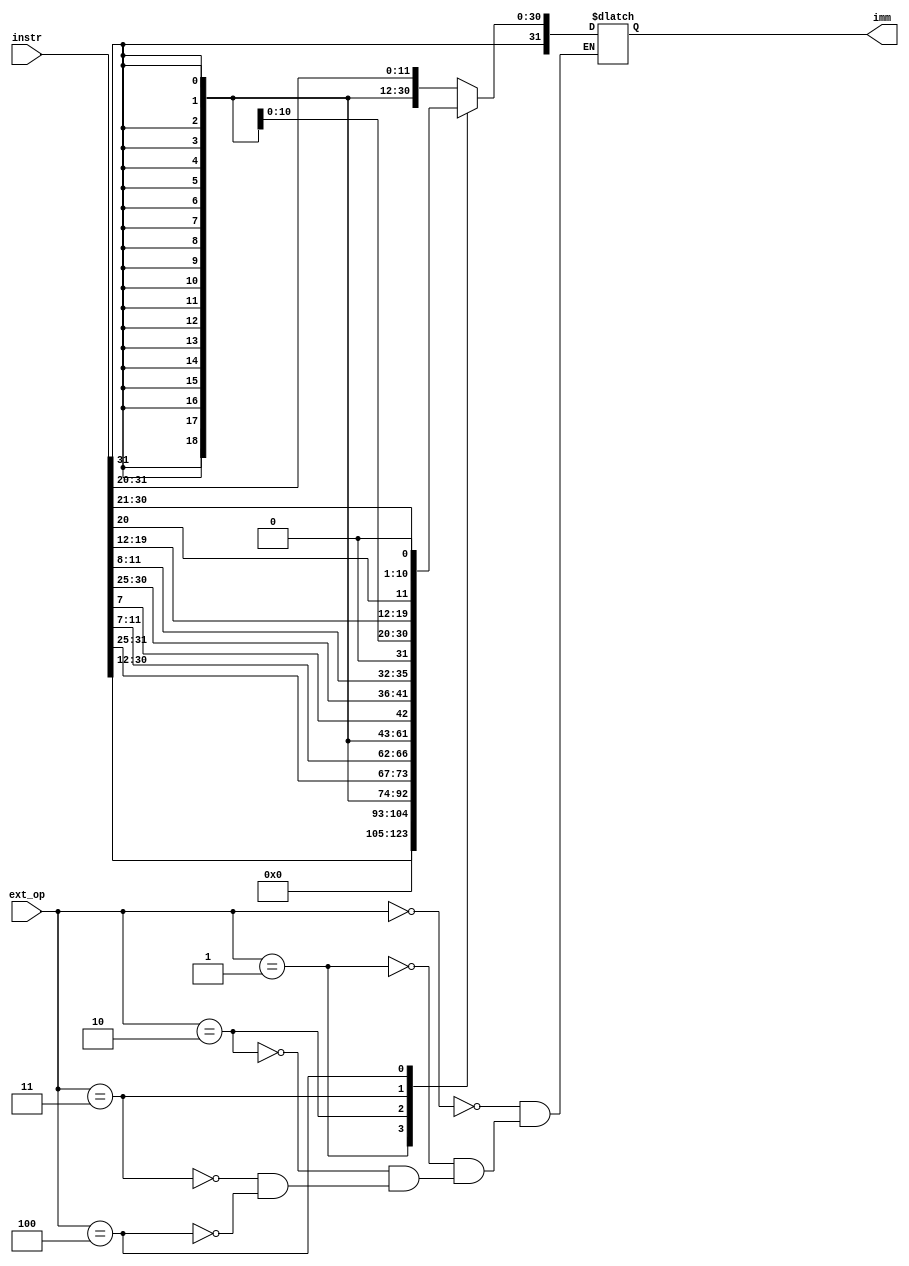
module ie(
    input [31:0]             instr,
    input [2:0]              ext_op,
    output reg [31:0]        imm
    ); 

always @ (*) begin

    case(ext_op)
        3'b000: begin // ori lw immI
            imm <= {{20{instr[31]}} , instr[31:20]};
        end
        3'b001: begin // lui immU 
            imm <= {instr[31:12], 12'b0};
        end
        3'b010: begin // sw immS
            imm <= {{20{instr[31]}}, instr[31:25], instr[11:7]};
        end
        3'b011: begin // beq immB
            imm <= {{20{instr[31]}}, instr[7], instr[30:25], instr[11:8], 1'b0};
        end
        3'b100: begin // jal immJ
            imm <= {{12{instr[31]}}, instr[19:12], instr[20], instr[30:21], 1'b0};
        end
        default: begin
        end
    endcase
    
end

endmodule